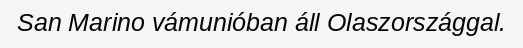
San Marino vámunióban áll Olaszországgal.